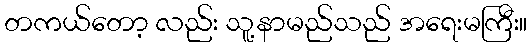
တကယ်တော့ လည်း သူ့နာမည်သည် အရေးမကြီး။